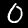
Digit: 0